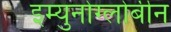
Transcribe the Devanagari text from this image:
इम्युनोग्लोबीन